Annual returns of the Patna Lunatic Asylum at Bankipore in Bihar and Orissa - 1912-1924
Year: 1912
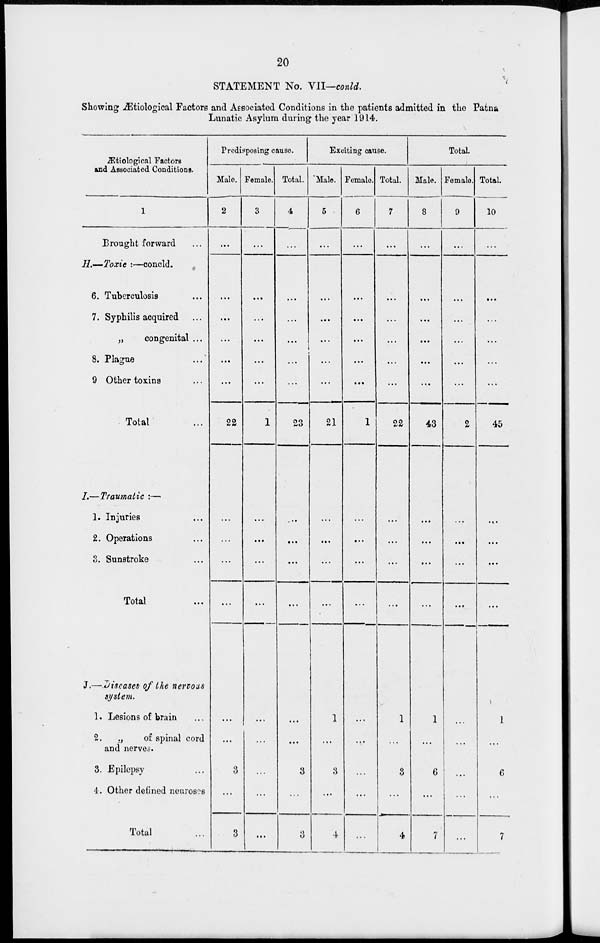
20
STATEMENT No. VII—conld.
Showing Ætiological Factors and Associated Conditions in the patients admitted in the Patna
Lunatic Asylum during the year 1914.
Ætiological Factors
and Associated Conditions.
1
Brought forward ...
H—Toxic :—concld.
6. Tuberculosis ...
7. Syphilis acquired ...
„
congenital ...
8. Plague ...
9 Other toxins ...
Total ...
7.—Traumatic :—
1. Injuries ...
2. Operations ...
3. Sunstroke ...
Total ...
J.— diseases of the nervous
system.
1. Lesions of brain ...
2.
„
of spinal cord
and nerves.
3. Epilepsy ...
4. Other defined neuroses
Total ...
Predisposing cause.
Male.
2
...
...
...
...
...
...
22
...
...
...
...
...
...
3
...
3
Female.
3
...
...
...
...
...
...
1
...
...
...
...
...
...
...
...
...
Total.
4
...
...
...
...
...
...
23
...
...
...
...
...
...
3
...
3
Exciting cause.
'Male.
5
...
...
...
...
...
...
21
...
...
...
...
1
...
3
...
4
Female.
6
...
...
...
...
...
...
1
...
...
...
...
...
...
...
...
...
Total.
7
...
...
...
...
...
...
22
...
...
...
...
1
...
3
...
4
Total.
Male.
8
...
...
...
...
...
...
43
...
...
...
...
1
...
6
...
7
Female.
9
...
...
...
...
...
...
2
...
...
...
...
...
...
...
...
...
Total.
10
...
...
...
...
...
...
45
...
...
...
...
1
...
6
...
7